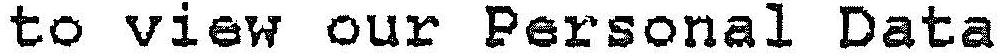
TO VIEW OUR PERSONAL DATA